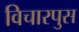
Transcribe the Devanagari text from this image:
विचारपुस